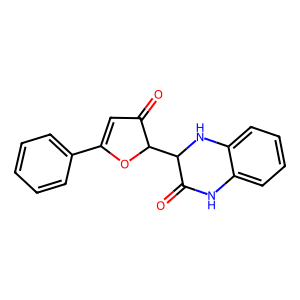
SMILES: O=C1Nc2ccccc2NC1C1OC(c2ccccc2)=CC1=O
Inhibits HIV replication: No